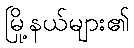
မြို့နယ်များ၏